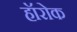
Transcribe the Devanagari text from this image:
हॉरोक